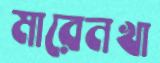
মারেনখা